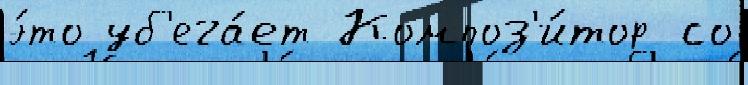
э́то уб'ега́ет Композ'и́тор со